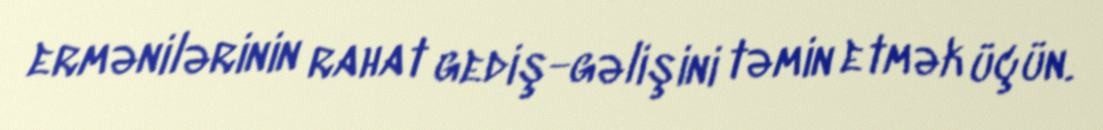
ermənilərinin rahat gediş-gəlişini təmin etmək üçün.